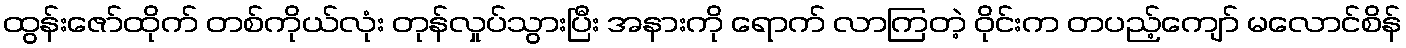
ထွန်းဇော်ထိုက် တစ်ကိုယ်လုံး တုန်လှုပ်သွားပြီး အနားကို ရောက် လာကြတဲ့ ဝိုင်းက တပည့်ကျော် မလောင်စိန်